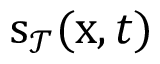
\mathbf { \boldsymbol { s } } _ { \mathcal { T } } ( \mathbf { \boldsymbol { x } } , t )